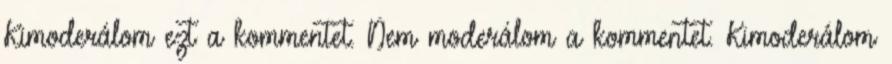
Kimoderálom ezt a kommentet. Nem moderálom a kommentet. Kimoderálom